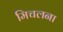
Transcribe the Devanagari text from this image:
मिचलना